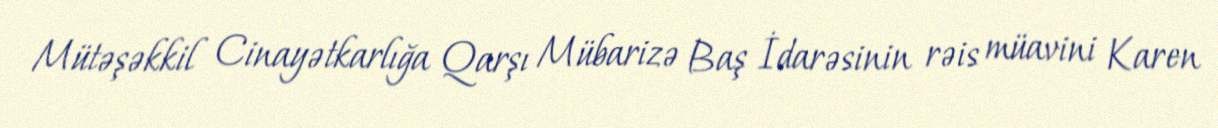
Mütəşəkkil Cinayətkarlığa Qarşı Mübarizə Baş İdarəsinin rəis müavini Karen